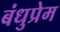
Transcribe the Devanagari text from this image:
बंधुप्रेम